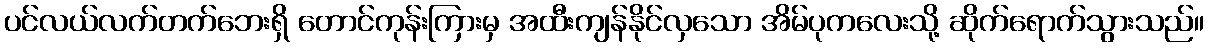
ပင်လယ်လက်တက်ဘေးရှိ တောင်ကုန်းကြားမှ အထီးကျန်နိုင်လှသော အိမ်ပုကလေးသို့ ဆိုက်ရောက်သွားသည်။